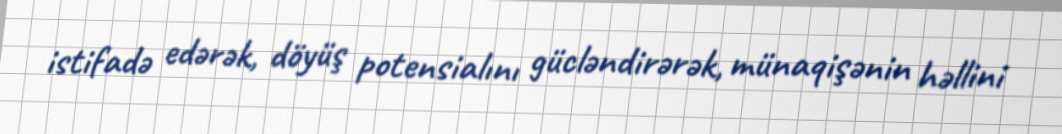
istifadə edərək, döyüş potensialını gücləndirərək, münaqişənin həllini